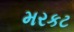
મરકટ